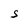
Character: S